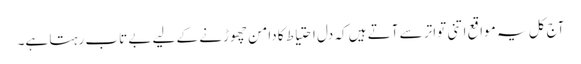
آج کل یہ مواقع اتنی تواتر سے آتے ہیں کہ دل احتیاط کا دامن چھوڑنے کے لیے بے تاب رہتا ہے۔